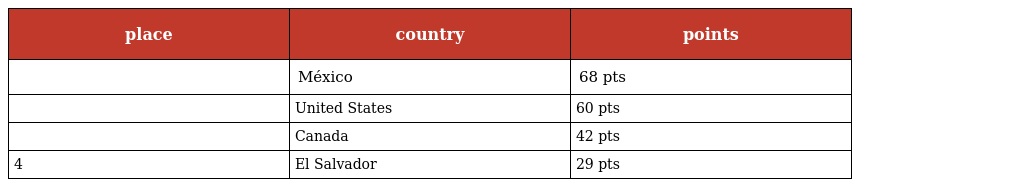
| place | country | points |
 | --- | --- | --- |
 |  | México | 68 pts |
 |  | United States | 60 pts |
 |  | Canada | 42 pts |
 | 4 | El Salvador | 29 pts |